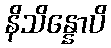
နိသိန္နောပိ